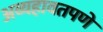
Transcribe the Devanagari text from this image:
अव्यहावतपणे